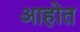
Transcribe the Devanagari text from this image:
अाहोत